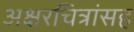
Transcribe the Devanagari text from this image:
अक्षरचित्रांसह